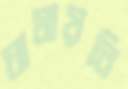
ঘামায়নি